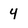
Character: 4